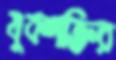
যুবশক্তির